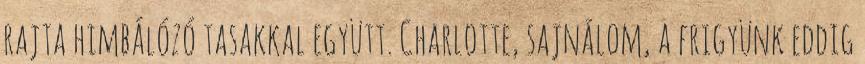
rajta himbálózó tasakkal együtt. Charlotte, sajnálom, a frigyünk eddig